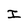
Character: I